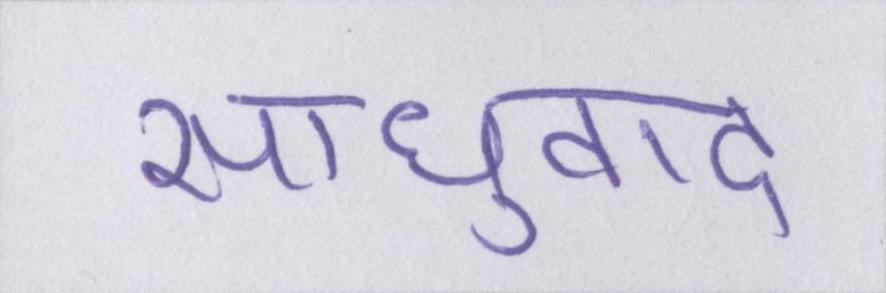
साधुवाद